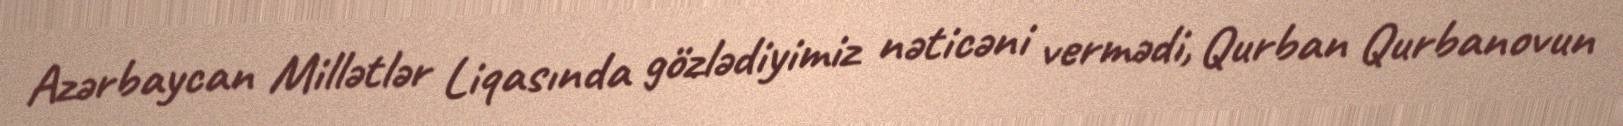
Azərbaycan Millətlər Liqasında gözlədiyimiz nəticəni vermədi, Qurban Qurbanovun